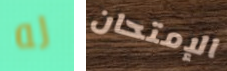
له الإمتحان